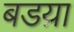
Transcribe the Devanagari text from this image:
बडय़ा